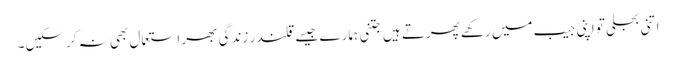
اتنی بجلی تو اپنی جیب میں رکھے پھرتے ہیں جتنی ہمارے جیسے قلندر زندگی بھر استعمال بھی نہ کرسکیں۔